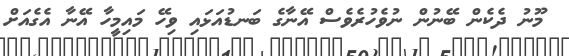
މޫނު ދެކެން ބޭނުން ނުވެހުރެވެސް އޭނާގެ ބަނޑުއަޅައި ވިހޭ މައިމީހާ އޭނާ އެގެއަށް